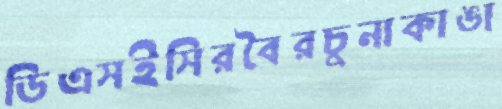
ডিএসইসিরবৈরচুনাকাঙা